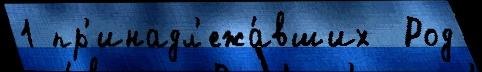
1 пр'инадл'ежа́вших  Род